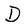
Character: D